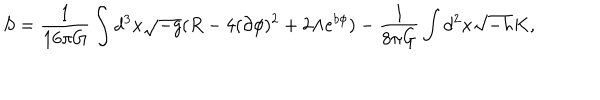
S = \frac { 1 } { 1 6 \pi G } \int d ^ { 3 } x \sqrt { - g } ( R - 4 ( \partial \phi ) ^ { 2 } + 2 \Lambda e ^ { b \phi } ) - \frac { 1 } { 8 \pi G } \int d ^ { 2 } x \sqrt { - h } K ,